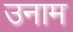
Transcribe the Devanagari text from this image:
उनाम